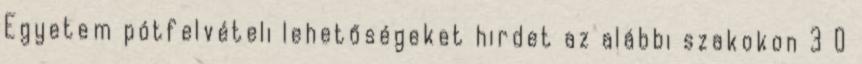
Egyetem pótfelvételi lehetőségeket hirdet az alábbi szakokon 3 0